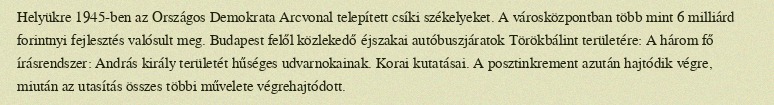
Helyükre 1945-ben az Országos Demokrata Arcvonal telepített csíki székelyeket. A városközpontban több mint 6 milliárd forintnyi fejlesztés valósult meg. Budapest felől közlekedő éjszakai autóbuszjáratok Törökbálint területére: A három fő írásrendszer: András király területét hűséges udvarnokainak. Korai kutatásai. A posztinkrement azután hajtódik végre, miután az utasítás összes többi művelete végrehajtódott.